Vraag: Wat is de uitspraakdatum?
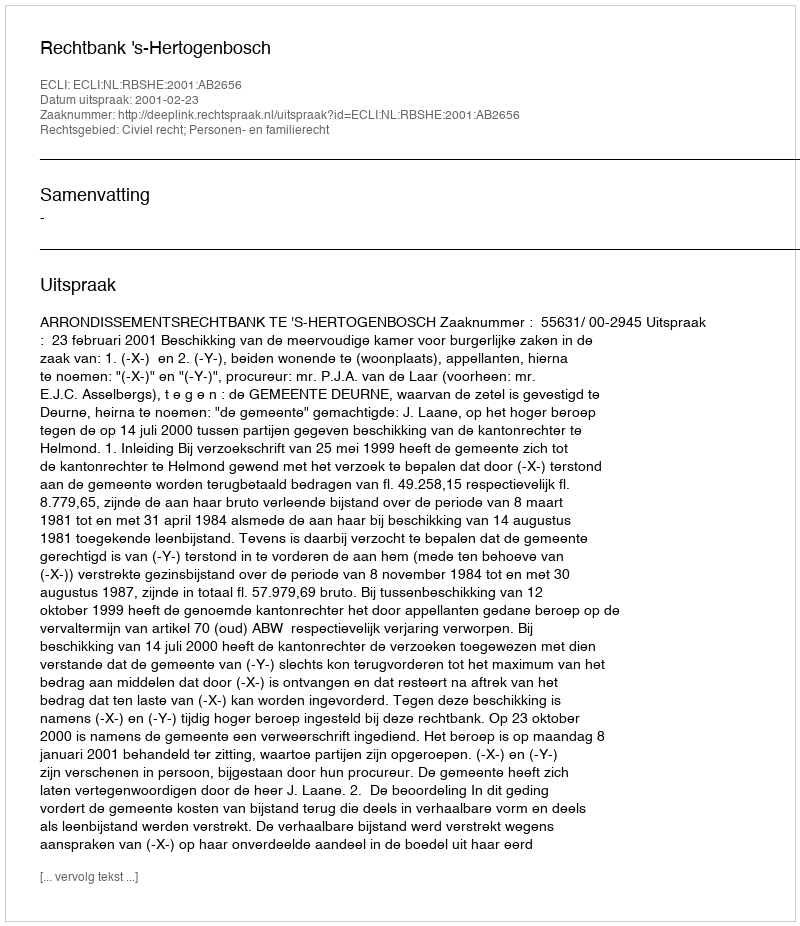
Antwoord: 2001-02-23